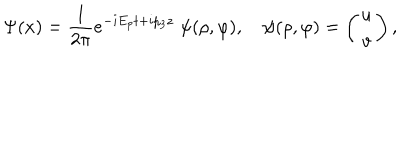
\Psi ( x ) = { \frac { 1 } { 2 \pi } } e ^ { - i E _ { p } t + i p _ { 3 } z } \; \psi ( \rho , \varphi ) , \quad \psi ( \rho , \varphi ) = \left( \begin{matrix} { { u } } \\ { { v } } \\ \end{matrix} \right) ,